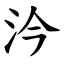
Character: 汵